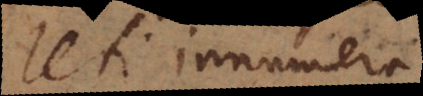
Uti innumera